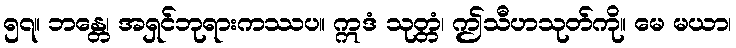
၅၇။ ဘန္တေ၊ အရှင်ဘုရားကဿပ။ ဣဒံ သုတ္တံ၊ ဤသီဟသုတ်ကို။ မေ မယာ၊